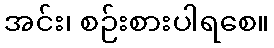
အင်း၊ စဉ်းစားပါရစေ။